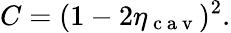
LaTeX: C=(1-2\eta_{\mathrm{~c~a~v~}})^{2}.